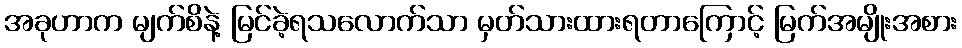
အခုဟာက မျက်စိနဲ့ မြင်ခဲ့ရသလောက်သာ မှတ်သားထားရတာကြောင့် မြက်အမျိုးအစား